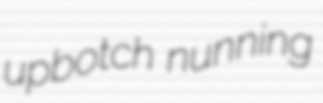
upbotch nunning